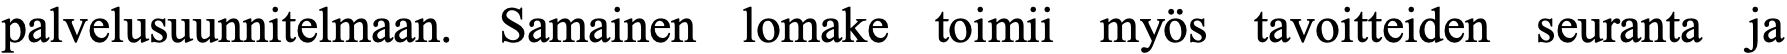
palvelusuunnitelmaan. Samainen lomake toimii myös tavoitteiden seuranta ja